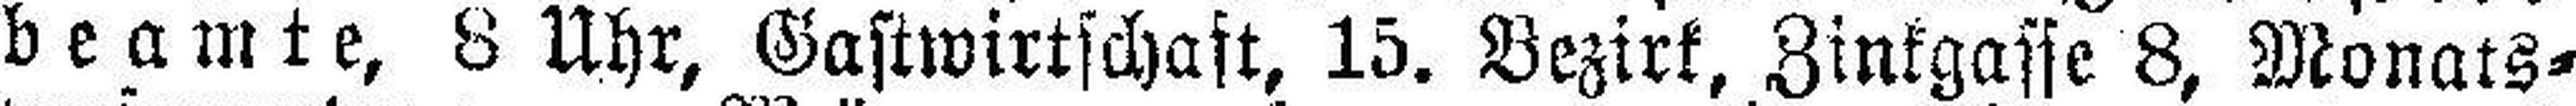
beamte, 8 Uhr, Gastwirtschaft, 15. Bezirk, Zinkgasse 8, Monats¬